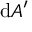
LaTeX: \mathrm { d } A ^ { \prime }